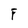
Character: F